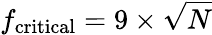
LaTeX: f_{\mathrm{critical}}=9\times{\sqrt{N}}